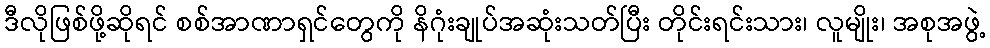
ဒီလိုဖြစ်ဖို့ဆိုရင် စစ်အာဏာရှင်တွေကို နိဂုံးချုပ်အဆုံးသတ်ပြီး တိုင်းရင်းသား၊ လူမျိုး၊ အစုအဖွဲ့